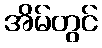
အိမ်တွင်